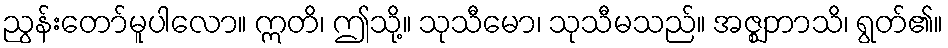
ညွန်းတော်မူပါလော။ ဣတိ၊ ဤသို့။ သုသီမော၊ သုသီမသည်။ အဇ္ဈဘာသိ၊ ရွတ်၏။